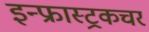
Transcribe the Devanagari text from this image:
इन्फ्रास्ट्रकचर